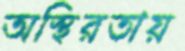
অস্থিরতায়